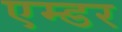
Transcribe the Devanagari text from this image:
एम्डर